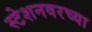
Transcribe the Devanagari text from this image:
स्टेशनवरच्या